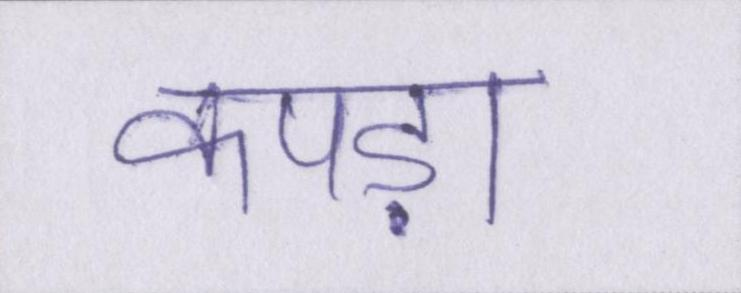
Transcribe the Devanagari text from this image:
कपड़ा